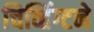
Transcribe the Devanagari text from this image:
चिव्हिंग्टने